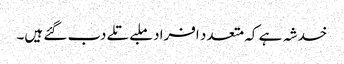
خدشہ ہے کہ متعدد افراد ملبے تلے دب گئے ہیں۔